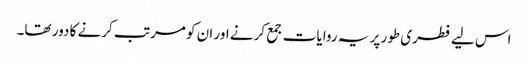
اس لیے فطری طور پر یہ روایات جمع کرنے اور ان کو مرتب کرنے کا دور تھا۔